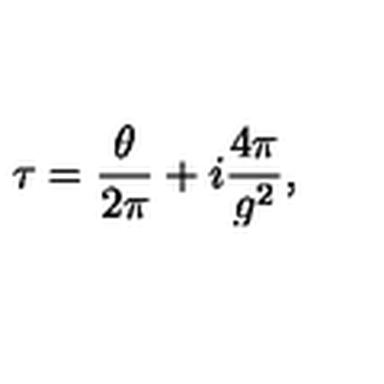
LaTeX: \tau = \frac { \theta } { 2 \pi } + i \frac { 4 \pi } { g ^ { 2 } } ,